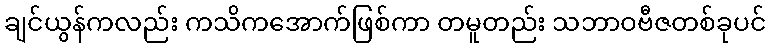
ချင်ယွန်ကလည်း ကသိကအောက်ဖြစ်ကာ တမူတည်း သဘာဝဗီဇတစ်ခုပင်